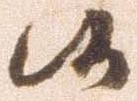
候